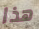
هذا